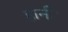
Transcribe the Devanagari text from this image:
हार्नी